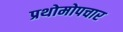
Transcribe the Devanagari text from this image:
प्रथोमोपचार